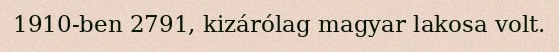
1910-ben 2791, kizárólag magyar lakosa volt.